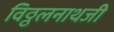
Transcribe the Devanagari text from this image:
विठ्ठलनाथजी